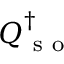
\boldsymbol { Q } _ { \mathrm { ~ s ~ o ~ } } ^ { \dagger }